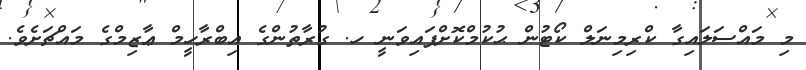
މި މައްސަލައިގާ ކްރިމިނަލް ކޯޓުން ޙުކުމްކޮށްފައިވަނީ ހ. ގުރާތުންގެ އިބްރާހީމް ޢާޒިމްގެ މައްޗަށެވެ.